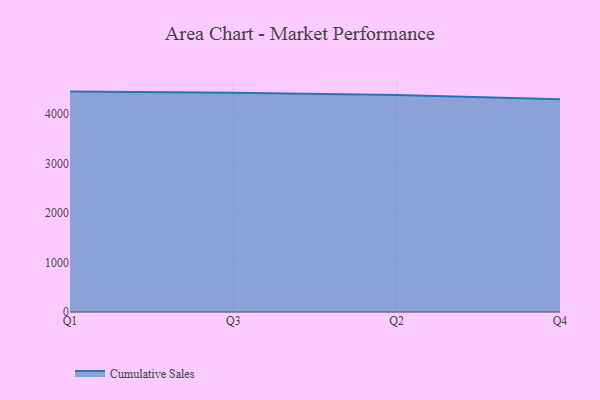
{"axis": {"x": "Quarter", "y": "Churn Rate (%)"}, "legend": ["Cumulative Sales"], "data": [{"x": "Q1", "y": 4451.7, "type": "Cumulative Sales"}, {"x": "Q3", "y": 4427.4, "type": "Cumulative Sales"}, {"x": "Q2", "y": 4381.8, "type": "Cumulative Sales"}, {"x": "Q4", "y": 4297.1, "type": "Cumulative Sales"}]}